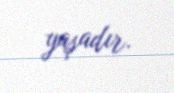
yaşadır.